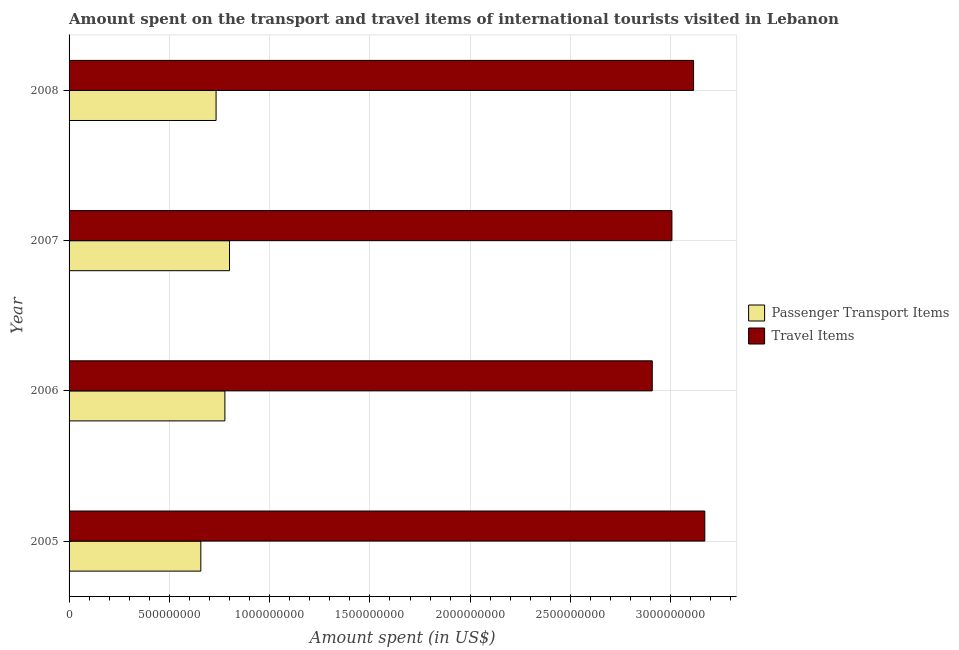
| Year | Passenger Transport Items | Travel Items |
 | --- | --- | --- |
 | 2005 | 6.57e+08 | 3.17e+09 |
 | 2006 | 7.77e+08 | 2.91e+09 |
 | 2007 | 8e+08 | 3.01e+09 |
 | 2008 | 7.33e+08 | 3.11e+09 |